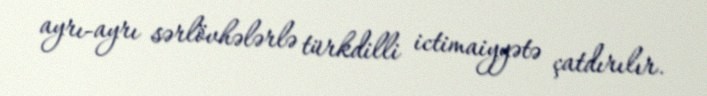
ayrı-ayrı sərlövhələrlə türkdilli ictimaiyyətə çatdırılır.